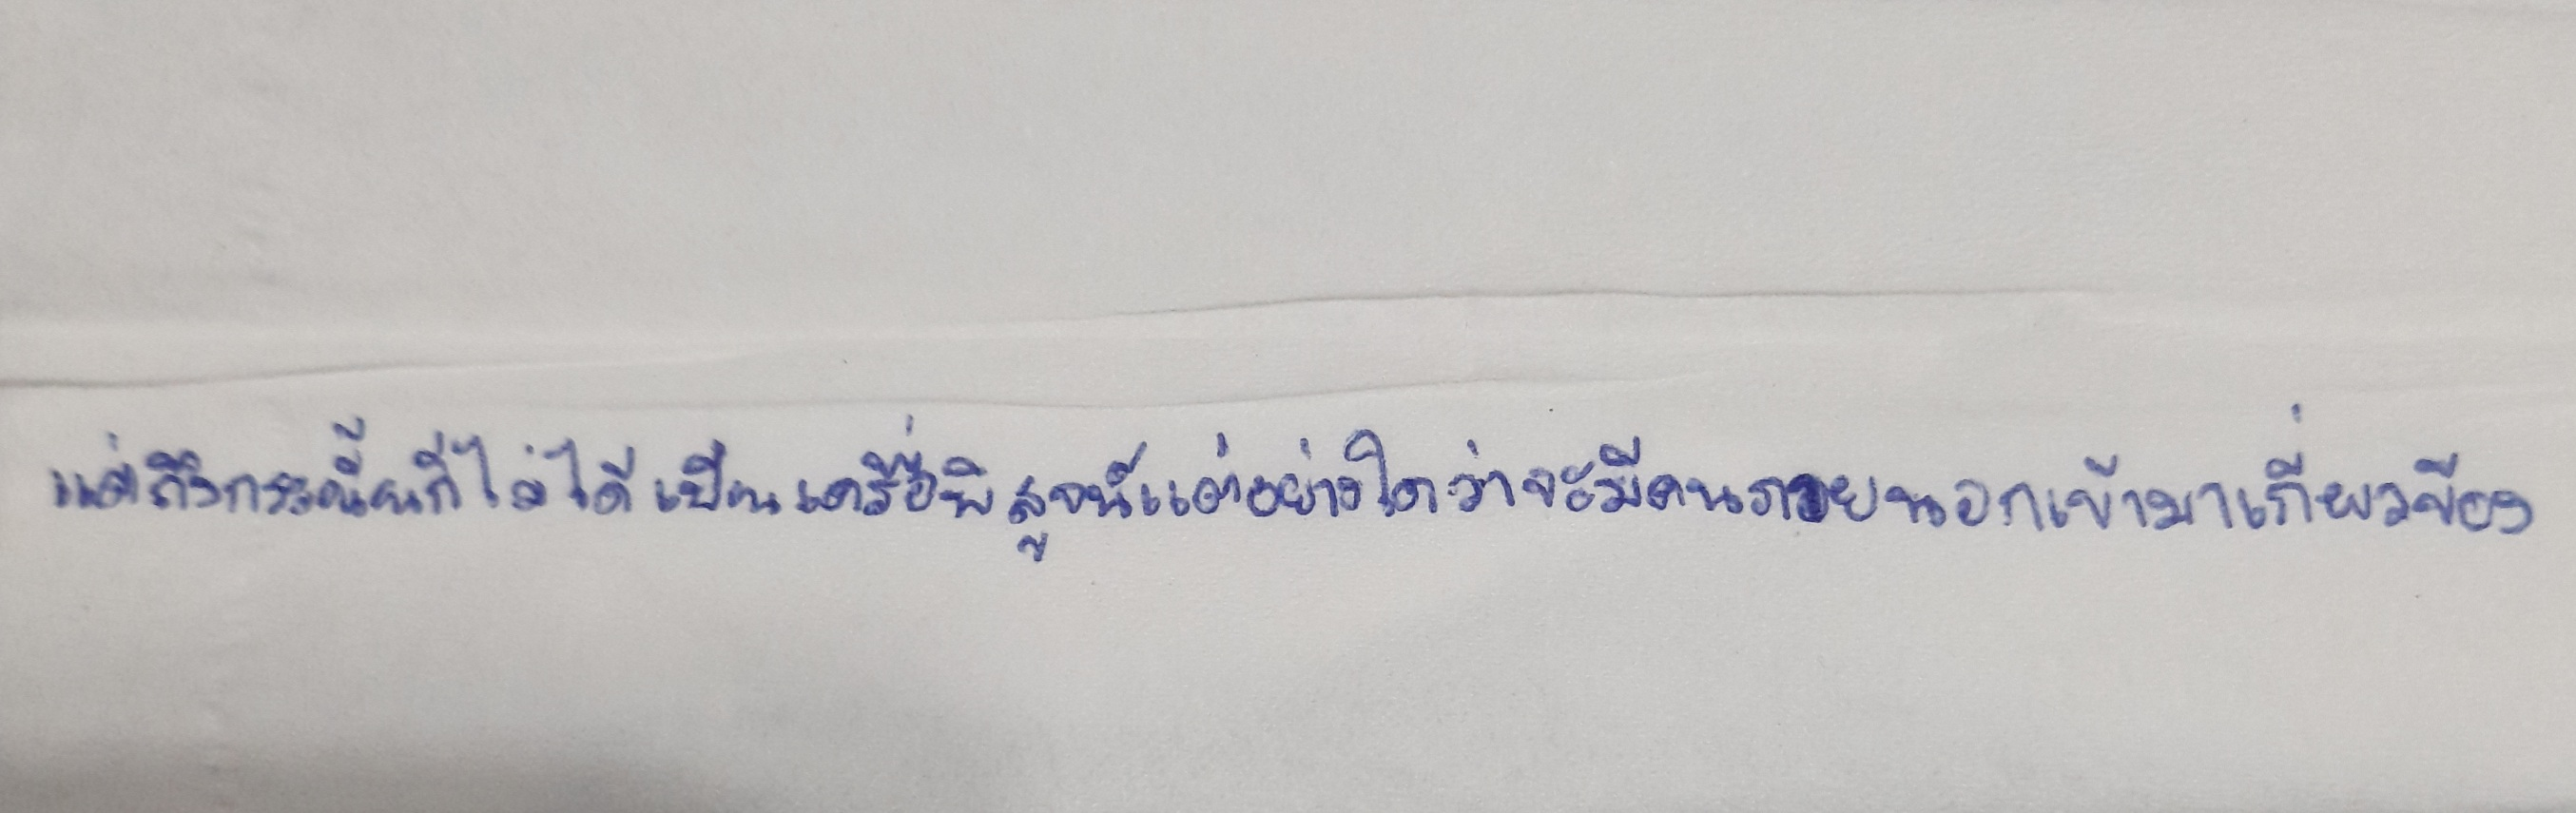
แต่ถึงกระนั้นก็ไม่ได้เป็นเครื่องพิสูจน์แต่อย่างใดว่าจะมีคนภายนอกเข้ามาเกี่ยวข้อง